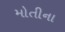
મોતીના